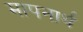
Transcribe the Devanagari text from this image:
मापनार्थ